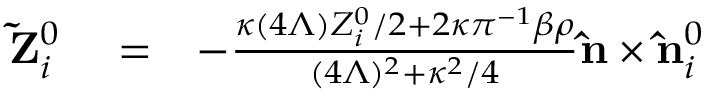
\begin{array} { r l r } { { \bf \tilde { Z } } _ { i } ^ { 0 } } & { { } = } & { - \frac { \kappa ( 4 \Lambda ) Z _ { i } ^ { 0 } / 2 + 2 \kappa \pi ^ { - 1 } \beta \rho } { ( 4 \Lambda ) ^ { 2 } + \kappa ^ { 2 } / 4 } { \bf \hat { n } } \times { \bf { \hat { n } } } _ { i } ^ { 0 } } \end{array}